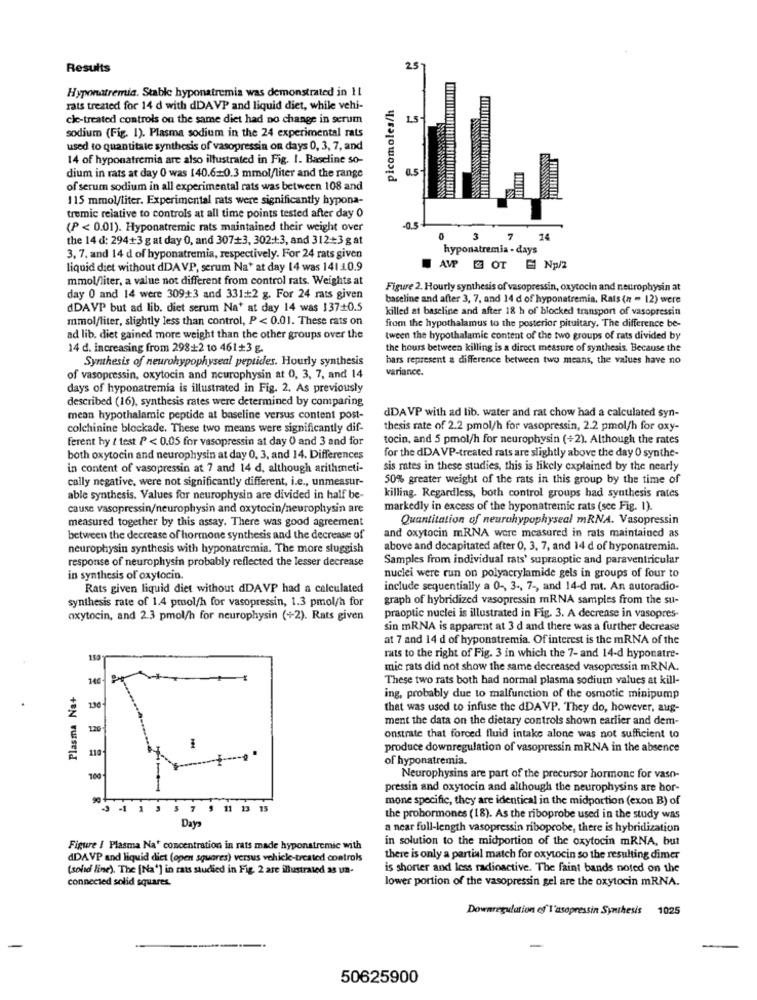
Results
25
Hyponatremia. Stable hyponatremia was demonstrated in 11
picomoles/h
rats treated for 14 d with dDAVP and liquid diet, while vehi-
cie-treated controls on the same diet had no change in serum
1.5
sodium (Fig. 1). Plasma sodium in the 24 experimental rats
used to quantitale synthesis of vasopressin on days 0, 3, 7, and
14 of hyponatremia are also illustrated in Fig. 1. Baseline so-
0.5
dium in rats at day 0 was 140.6+0.3 mmol/liter and the range
of serum sodium in all experimental rats was between 108 and
115 mmol/liter. Experimental rats were significantly hypona-
tremic relative to controls at all time points tested after day 0
(P < 0.01). Hyponatremic rats maintained their weight over
the 14 d: 294+3 g at day 0, and 307+3, 302:+3, and 312+3 g at
0
3
7
14
hyponatremia - days
3, 7, and 14 d of hyponatremia, respectively. For 24 rats given
liquid diet without dDAVP, scrum Na* at day 14 was 141 .10.9
AVP & OT E Np/2
mmol/liter, a value not different from control rats. Weights at
Figure 2. Hourly synthesis of vasopressin, oxytocin and neurophysin at
day 0 and 14 were 309;+3 and 331 2 g. For 24 rats given
baseline and after 3, 7, and 14 d of hyponatremia. Rats (n = 12) were
dDAVP but ad lib. diet serum Na+ at day 14 was 137+0.5
killed at baseline and after 18 h of blocked transport of vasopressin
mmol/liter, slightly less than control, P < 0.01. These rats on
from the hypothalamus to the posterior pituitary. The difference be-
ad lib. diet gained more weight than the other groups over the
tween the hypothalamic content of the two groups of rats divided by
14 d. increasing from 298+2 10 461+3 g.
the hours between killing is a direct measure of synthesis. Because the
Synthesis of neurohypophyseal peptides. Hourly synthesis
bars represent a difference between two means, the values have no
variance.
of vasopressin, oxytocin and neurophysin at 0, 3, 7, and 14
days of hyponatremia is illustrated in Fig. 2. As previously
described (16), synthesis rates were determined by comparing
dDAVP with ad lib. water and rat chow had a calculated syn-
mean hypothalamic peptide at baseline versus content post-
colchinine blockade. These two means were significantly dif-
thesis rate of 2.2 pmol/h for vasopressin, 2.2 pmol/h for oxy-
ferent hy t test P < 0.05 for vasopressin at day 0 and 3 and for
tocin, and 5 pmol/h for neurophysin (+2). Although the rates
both oxytocin and neurophysin at day 0, 3, and 14. Differences
for the dDA VP-treated rats are slightly above the day 0 synthe-
in content of vasopressin at 7 and 14 d. although arithmeti-
sis rates in these studies, this is likely explained by the nearly
cally negative, were not significantly different, i.e ., unmeasur-
50% greater weight of the rats in this group by the time of
able synthesis. Values for neurophysin are divided in half be-
killing. Regardless, both control groups had synthesis rates
cause vasopressin/neurophysin and oxytocin/neurophysin are
markedly in excess of the hyponatremic rats (see Fig. 1).
measured together by this assay. There was good agreement
Quantitation of neurohypophyseal mRNA. Vasopressin
between the decrease of hormone synthesis and the decrease of
and oxytocin mRNA were measured in rats maintained as
neurophysin synthesis with hyponatremia. The more sluggish
above and decapitated after 0, 3, 7, and 14 d of hyponatremia.
response of neurophysin probably reflected the lesser decrease
Samples from individual rats' supraoptic and paraventricular
in synthesis of oxytocin.
nuclei were run on polyacrylamide gels in groups of four to
Rats given liquid diet without dDAVP had a calculated
include sequentially a 0 -, 3 -, 7 -, and 14-d rat. An autoradio-
synthesis rate of 1.4 pmol/h for vasopressin, 1.3 pmol/h for
graph of hybridized vasopressin mRNA samples from the su-
oxytocin, and 2.3 pmol/h for neurophysin (+2). Rats given
praoptic nuclei is illustrated in Fig. 3. A decrease in vasopres-
sin mRNA is apparent at 3 d and there was a further decrease
at 7 and 14 d of hyponatremia. Of interest is the mRNA of the
rats to the right of Fig. 3 in which the 7- and 14-d hyponatre-
mic rats did not show the same decreased vasopressin mRNA.
These two rats both had normal plasma sodium values at kill-
Plasma Na+
ing, probably due to malfunction of the osmotic minipump
190
that was used to infuse the dDAVP. They do, however, aug-
ment the data on the dietary controls shown earlier and dem-
120
onstrate that forced fluid intake alone was not sufficient to
110
produce downregulation of vasopressin mRNA in the absence
of hyponatremia.
100
Neurophysins are part of the precursor hormone for vaso-
pressin and oxytocin and although the neurophysins are hor-
90
mone specific, they are identical in the midportion (exon B) of
11
13 15
the prohormones (18). As the riboprobe used in the study was
Day
a near full-length vasopressin riboprobe, there is hybridization
in solution to the midportion of the oxytocin mRNA, but
Figure / Plasma Na' concentration in rats made hyponatremic with
dDAVP and liquid diet (open squares) versus vehick-treated controls
there is only a partial match for oxytocin so the resulting dimer
(solid line). The [Na'] in rats studied in Fig. 2 are illustrated as un-
is shorter and less radioactive. The faint bands noted on the
connected solid squares.
lower portion of the vasopressin gel are the oxytocin mRNA.
Downregulation of l'asopressin Synthesis 1025
50625900